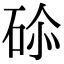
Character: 𥒨